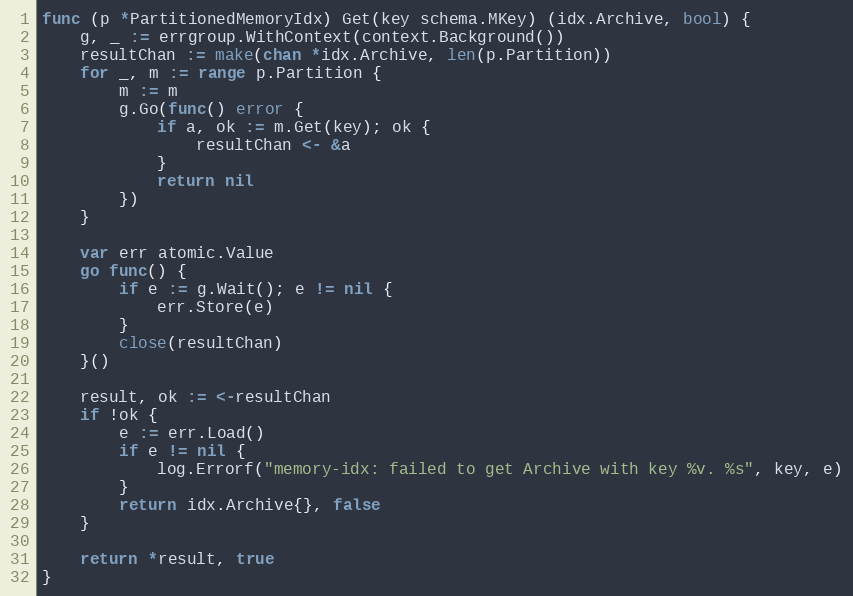
Language: Go
func (p *PartitionedMemoryIdx) Get(key schema.MKey) (idx.Archive, bool) {
	g, _ := errgroup.WithContext(context.Background())
	resultChan := make(chan *idx.Archive, len(p.Partition))
	for _, m := range p.Partition {
		m := m
		g.Go(func() error {
			if a, ok := m.Get(key); ok {
				resultChan <- &a
			}
			return nil
		})
	}

	var err atomic.Value
	go func() {
		if e := g.Wait(); e != nil {
			err.Store(e)
		}
		close(resultChan)
	}()

	result, ok := <-resultChan
	if !ok {
		e := err.Load()
		if e != nil {
			log.Errorf("memory-idx: failed to get Archive with key %v. %s", key, e)
		}
		return idx.Archive{}, false
	}

	return *result, true
}